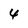
Character: 4